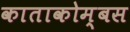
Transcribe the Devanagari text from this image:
काताकोम्बस